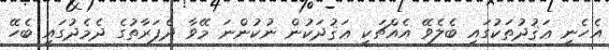
އެހެނީ ޢަޤުދުތަކުގައި ބެލެވޭ އެއްޗަކީ ޢަޤުދަކުން ނުކުންނަ މޭވާ ދެފަރާތުގެ ދެމެދުގައި ބެހޭ